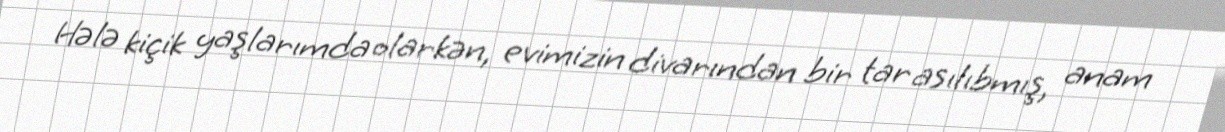
Hələ kiçik yaşlarımda olarkən, evimizin divarından bir tar asılıbmış, anam